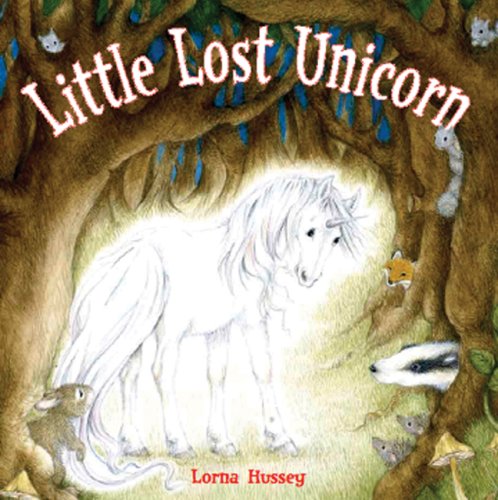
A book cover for Little Lost Unicorn; Lorna Hussey; Children's Books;